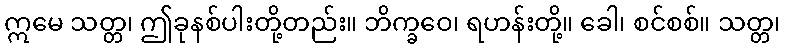
ဣမေ သတ္တ၊ ဤခုနစ်ပါးတို့တည်း။ ဘိက္ခဝေ၊ ရဟန်းတို့။ ခေါ၊ စင်စစ်။ သတ္တ၊